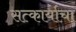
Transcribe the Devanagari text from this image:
सत्कार्याचा